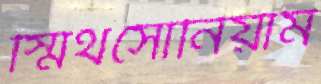
স্মিথসোনিয়াম